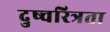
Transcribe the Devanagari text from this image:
दुष्चरित्रता